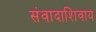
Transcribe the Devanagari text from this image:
संवादाशिवाय